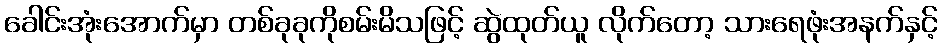
ခေါင်းအုံးအောက်မှာ တစ်ခုခုကိုစမ်းမိသဖြင့် ဆွဲထုတ်ယူ လိုက်တော့ သားရေဖုံးအနက်နှင့်